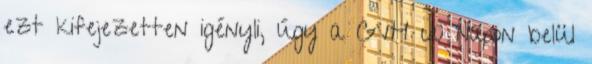
ezt kifejezetten igényli, úgy a GVH 60 napon belül